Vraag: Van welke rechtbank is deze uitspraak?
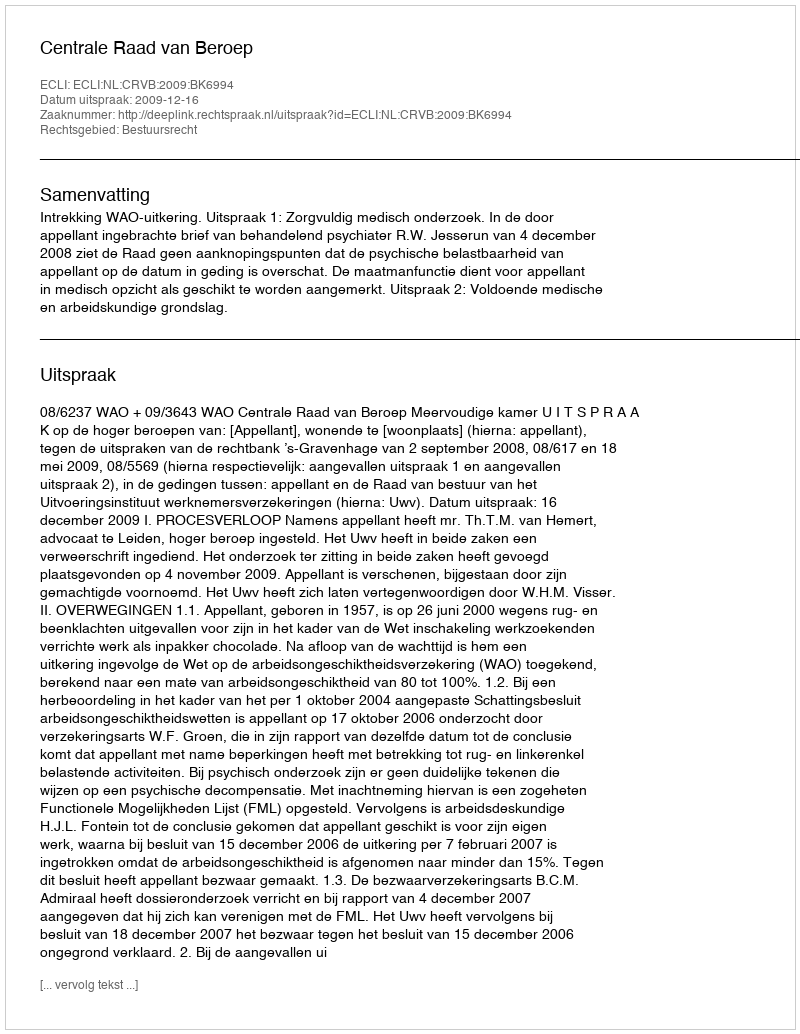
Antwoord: Centrale Raad van Beroep